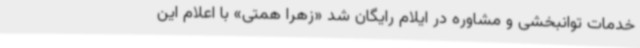
خدمات توانبخشی و مشاوره در ایلام رایگان شد «زهرا همتی» با اعلام این